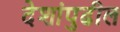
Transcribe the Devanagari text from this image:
देशांपुढील